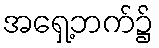
အရှေ့ဘက်၌